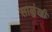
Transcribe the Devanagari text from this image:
साळुंखी